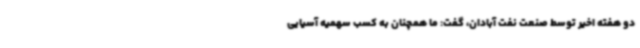
دو هفته اخیر توسط صنعت نفت آبادان، گفت: ما همچنان به کسب سهمیه آسیایی